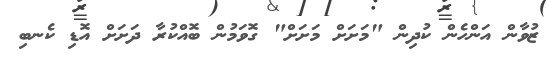
ޒުވާން އަންހެން ކުދިން "މަށަށް މަށަށް" ގޮވަމުން ބޮއްކުރާ ދަށަށް އޮޑި ކެނބި